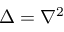
\Delta = \nabla ^ { 2 }